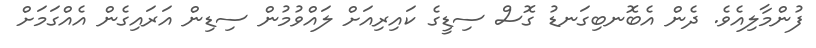
ފުންމާލިއެވެ. ދެން އެބޮނބިގަނޑު ގޮސް ސިޑީގެ ކައިރިއަށް ލައްވުމުން ސިޑިން އަރައިގެން އެއްގަމަށް